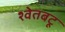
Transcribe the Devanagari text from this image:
श्वेतबटू